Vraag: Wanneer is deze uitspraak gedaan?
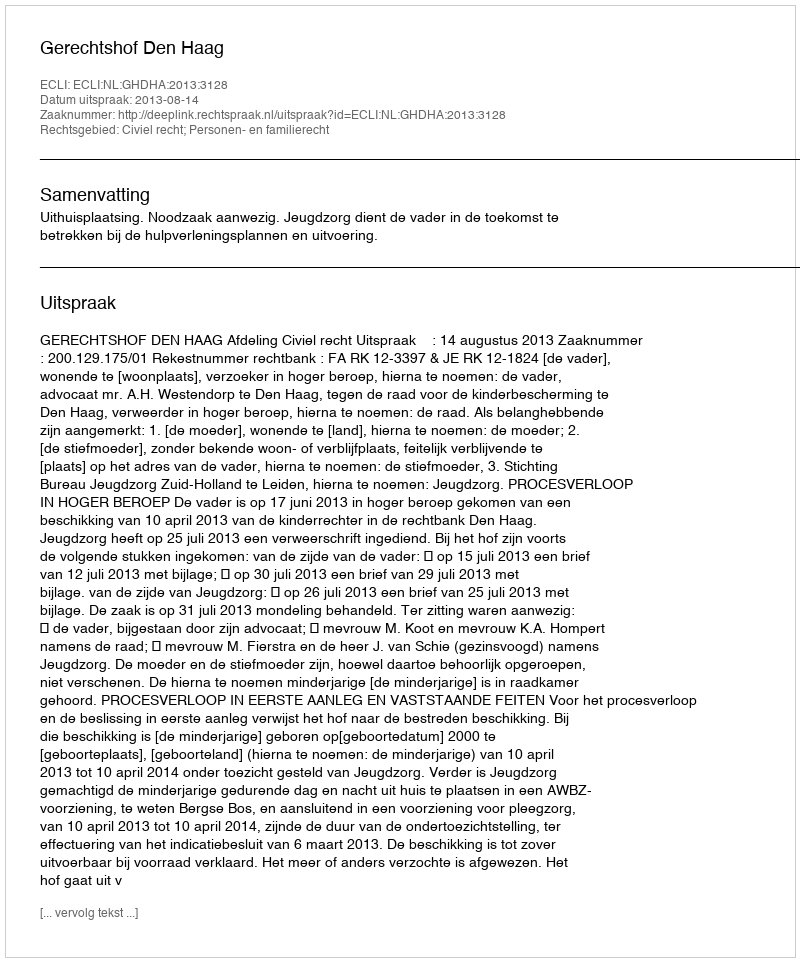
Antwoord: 2013-08-14